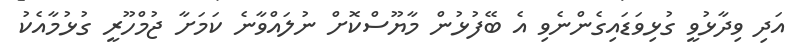
އަދި ވިދާޅުވީ ގުޅިވަޑައިގެންނެވި އެ ބޭފުޅުން މާޔޫސްކޮށް ނުލައްވާނެ ކަމަށާ ޖުމްހޫރީ ގުޅުމާއެކު